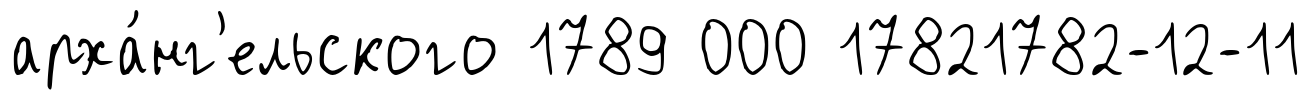
арха́нг'ельского 1789 000 17821782-12-11